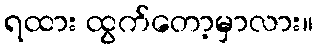
ရထား ထွက်တော့မှာလား။